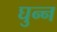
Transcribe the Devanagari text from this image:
घुन्न